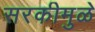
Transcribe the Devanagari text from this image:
सरकीमुळे